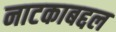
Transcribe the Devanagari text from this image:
नाटकाबद्दल